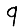
Digit: 9